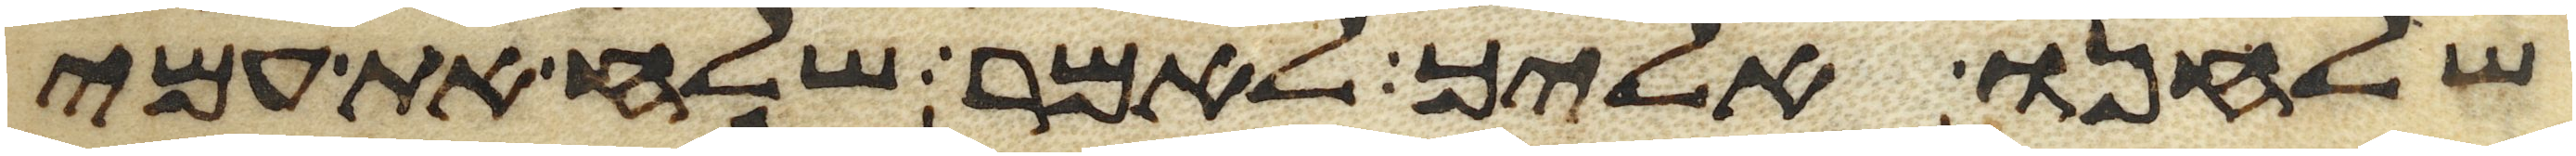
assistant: שלחנו אליך לאמר שלח את עמי